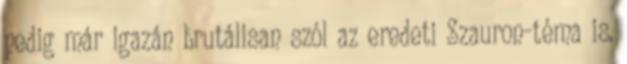
pedig már igazán brutálisan szól az eredeti Szauron-téma is,